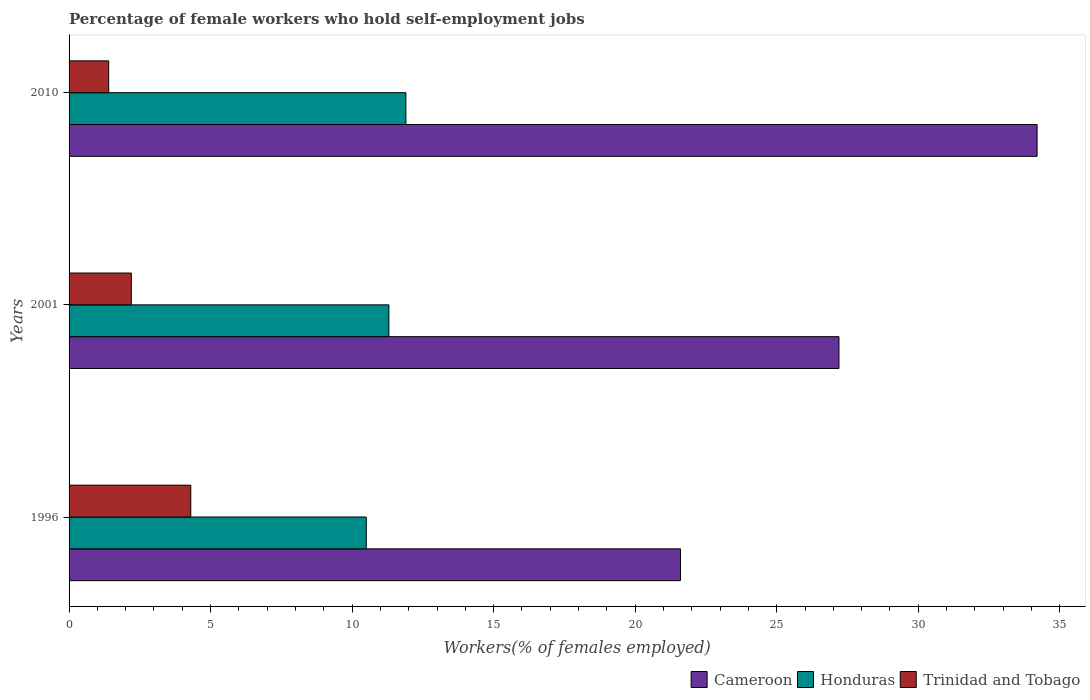
| Years | Cameroon | Honduras | Trinidad and Tobago |
 | --- | --- | --- | --- |
 | 1996 | 21.6 | 10.5 | 4.3 |
 | 2001 | 27.2 | 11.3 | 2.2 |
 | 2010 | 34.2 | 11.9 | 1.4 |